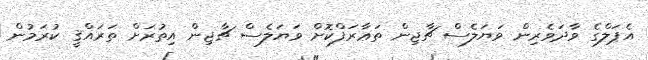
އެޕަލްގެ ވާދަވެރިން ވަޔަލެސް ޗާޖިން ތަޢާރަފްކޮށް ވަޔަލެސް ޗާޖިން އިތުރަށް ތަރައްޤީ ކުރަމުން